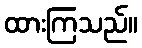
ထားကြသည်။